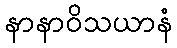
နာနာဝိသယာနံ